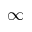
\infty